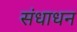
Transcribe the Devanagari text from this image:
संधाधन